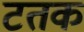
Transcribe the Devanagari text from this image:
टतक